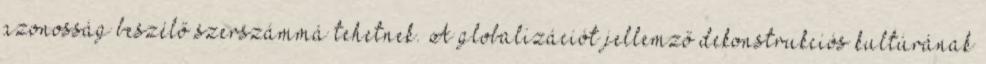
azo­nosság beszélő szerszámmá tehetnek. A globalizációt jellemző de­konstrukciós kultúrának